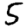
Digit: 5